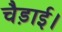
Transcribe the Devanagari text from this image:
चैड़ाई।